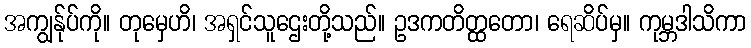
အကျွန်ုပ်ကို။ တုမှေဟိ၊ အရှင်သူဌေးတို့သည်။ ဥဒကတိတ္ထတော၊ ရေဆိပ်မှ။ ကုမ္ဘဒါသိကာ